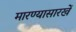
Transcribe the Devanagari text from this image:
मारण्यासारखें